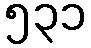
၅၃၁